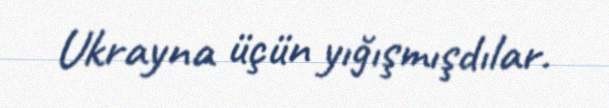
Ukrayna üçün yığışmışdılar.